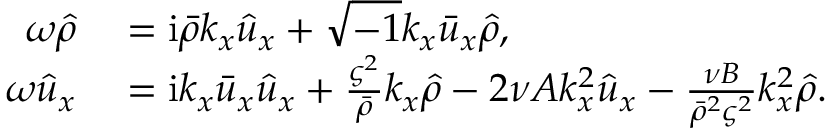
\begin{array} { r l } { \omega \hat { \rho } } & { { } = \mathrm { i } \bar { \rho } k _ { x } \hat { u } _ { x } + \sqrt { - 1 } k _ { x } \bar { u } _ { x } \hat { \rho } , } \\ { \omega \hat { u } _ { x } } & { { } = \mathrm { i } k _ { x } \bar { u } _ { x } \hat { u } _ { x } + \frac { \varsigma ^ { 2 } } { \bar { \rho } } k _ { x } \hat { \rho } - 2 \nu A k _ { x } ^ { 2 } \hat { u } _ { x } - \frac { \nu B } { \bar { \rho } ^ { 2 } \varsigma ^ { 2 } } k _ { x } ^ { 2 } \hat { \rho } . } \end{array}